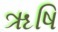
ૠષિ